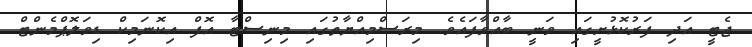
ޖެޓީ އަދި ފަރުކޮޅުުށީގައި ވަނީ ބާއްވާފައެވެ. މިރަސްމިއްޔާތުގައި މިނިސްޓާ އޮފް އިކޮނަމިކް ޑިވަލޮޕްމެންޓް